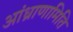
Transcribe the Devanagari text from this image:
आंध्राणामिति